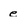
Character: e